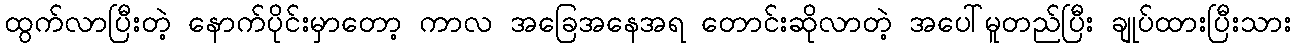
ထွက်လာပြီးတဲ့ နောက်ပိုင်းမှာတော့ ကာလ အခြေအနေအရ တောင်းဆိုလာတဲ့ အပေါ်မူတည်ပြီး ချုပ်ထားပြီးသား